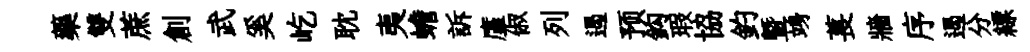
藥雙蔗創武奚屹耽夷蟾訴廑俶列遏预鈎瑕協釣曁竧萇牆序遏分縹